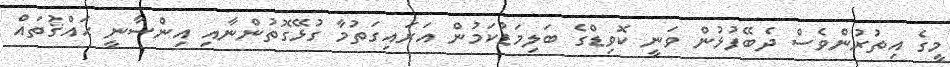
މީގެ އިތުރުންވެސް ދެބޭފުޅުން ވަނީ ކޮވިޑްގެ ބަލިމަޑުކަމުން އަރައިގަތުމާ ގުޅޭގޮތުންނާއި އިންސާނީ ޙައްޤުތައް